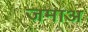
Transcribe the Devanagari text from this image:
जमाअ